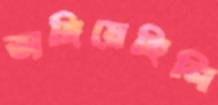
ভাঙ্গিয়েছিলি